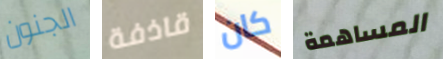
الجنون قاذفة كان المساهمة